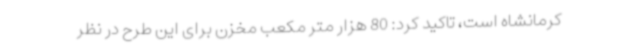
کرمانشاه است، تاکید کرد: 80 هزار متر مکعب مخزن برای این طرح در نظر